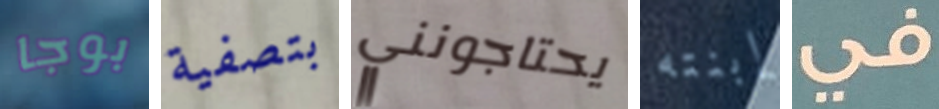
بوجا بتصفية يحتاجونني إبنته في